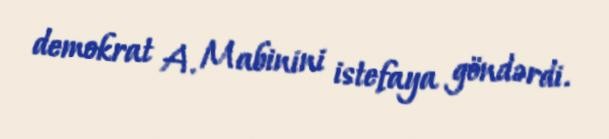
demokrat A. Mabinini istefaya göndərdi.